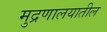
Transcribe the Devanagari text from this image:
मुद्रणालयातील